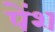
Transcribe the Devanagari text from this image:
पेंश